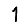
Digit: 1